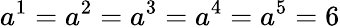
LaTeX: a^{1}=a^{2}=a^{3}=a^{4}=a^{5}=6